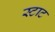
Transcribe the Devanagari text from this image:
स्टाट